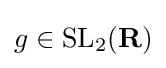
g\in \operatorname {SL} _{2}(\mathbf {R} )